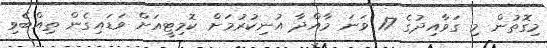
މިގޮތުން މި ގަވާއިދުގެ 17 ވަނަ މާއްދާ އުނިކުރުމަށް ކޮމިޓީއަށް ވަޑައިގެން ތިއްބެވި